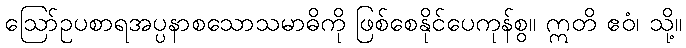
ဩော်ဥပစာရအပ္ပနာစသောသမာဓိကို ဖြစ်စေနိုင်ပေကုန်စွ။ ဣတိ ဧဝံ၊ သို့။